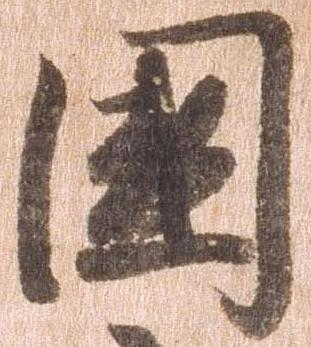
国